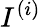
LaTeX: I^{(i)}